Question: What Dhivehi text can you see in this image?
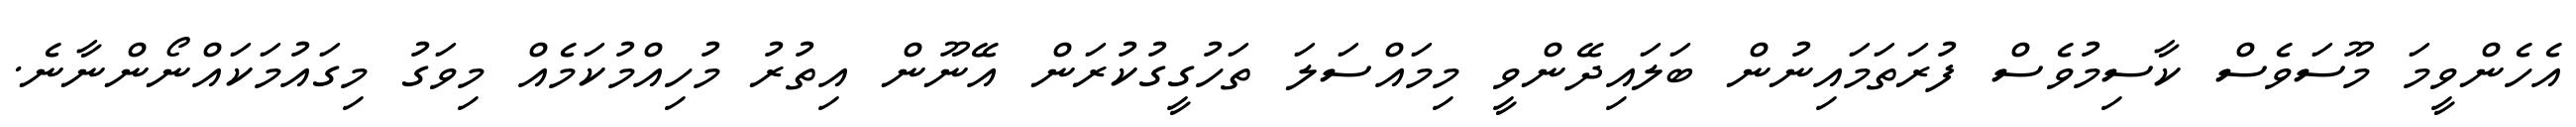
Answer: އެހެންވީމަ މޫސަވެސް ކާސިމުވެސް ފުރަތަމައިނުން ބަލައިދޭންވީ މިމައްސަލަ ތަހުގީގުކުރަން އޭނޫން އިތުރު މުހިއްމުކަމެއް މިވަގު މިގައުމަކައްނޯންނާނެ.